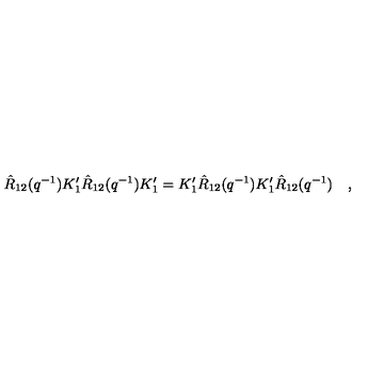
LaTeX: \hat { R } _ { 1 2 } ( q ^ { - 1 } ) K _ { 1 } ^ { \prime } \hat { R } _ { 1 2 } ( q ^ { - 1 } ) K _ { 1 } ^ { \prime } = K _ { 1 } ^ { \prime } \hat { R } _ { 1 2 } ( q ^ { - 1 } ) K _ { 1 } ^ { \prime } \hat { R } _ { 1 2 } ( q ^ { - 1 } ) \quad ,